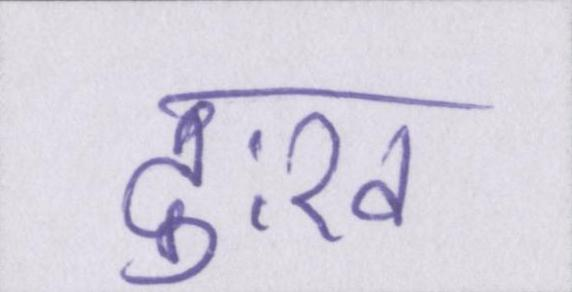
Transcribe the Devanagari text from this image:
दुःख